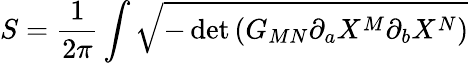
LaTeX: S=\frac{1}{2\pi}\int\sqrt{-\operatorname*{det}\left(G_{MN}\partial_{a}X^{M}\partial_{b}X^{N}\right)}